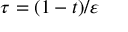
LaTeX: \tau = ( 1 - t ) / \varepsilon